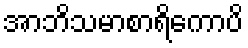
အာဘိသမာစာရိကောပိ